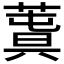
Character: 𦸬